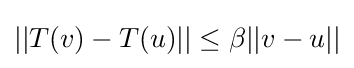
||T(v)-T(u)||\leq \beta ||v-u||